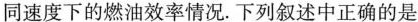
同速度下的燃油效率情况。下列叙述中正确的是